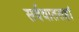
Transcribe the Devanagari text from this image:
सर्ववातसहां